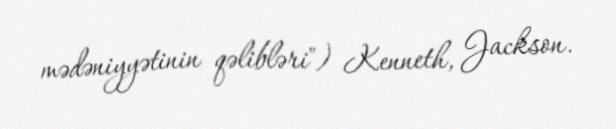
mədəniyyətinin qəlibləri") Kenneth, Jackson.